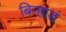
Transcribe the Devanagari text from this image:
बिऱ्हाडं